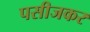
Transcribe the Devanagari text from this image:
पसीजकर